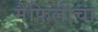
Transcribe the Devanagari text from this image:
मैफिलीचा